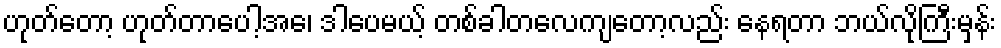
ဟုတ်တော့ ဟုတ်တာပေါ့အေ၊ ဒါပေမယ့် တစ်ခါတလေကျတော့လည်း နေရတာ ဘယ်လိုကြီးမှန်း